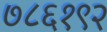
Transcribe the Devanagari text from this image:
७८६१९२